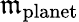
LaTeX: \mathfrak{m}_{\mathrm{{planet}}}